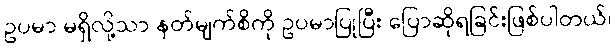
ဥပမာ မရှိလို့သာ နတ်မျက်စိကို ဥပမာပြုပြီး ပြောဆိုရခြင်းဖြစ်ပါတယ်၊